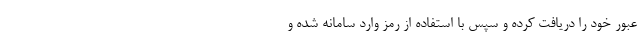
عبور خود را دریافت کرده و سپس با استفاده از رمز وارد سامانه شده و